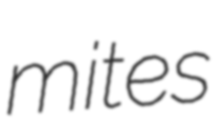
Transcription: mites